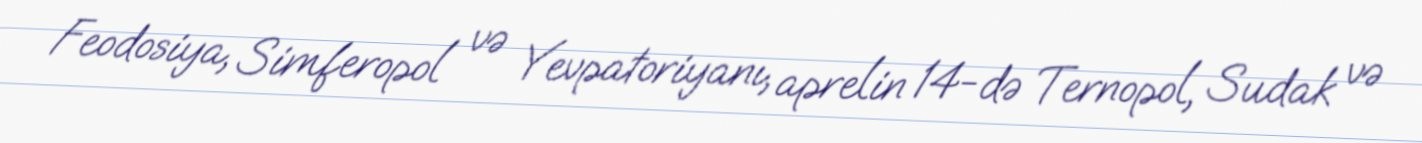
Feodosiya, Simferopol və Yevpatoriyanı, aprelin 14-də Ternopol, Sudak və